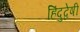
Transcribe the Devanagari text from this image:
हिंदुद्वेषी